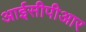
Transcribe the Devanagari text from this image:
आईसीपीआर